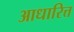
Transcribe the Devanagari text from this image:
आधारित्त